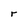
Character: r